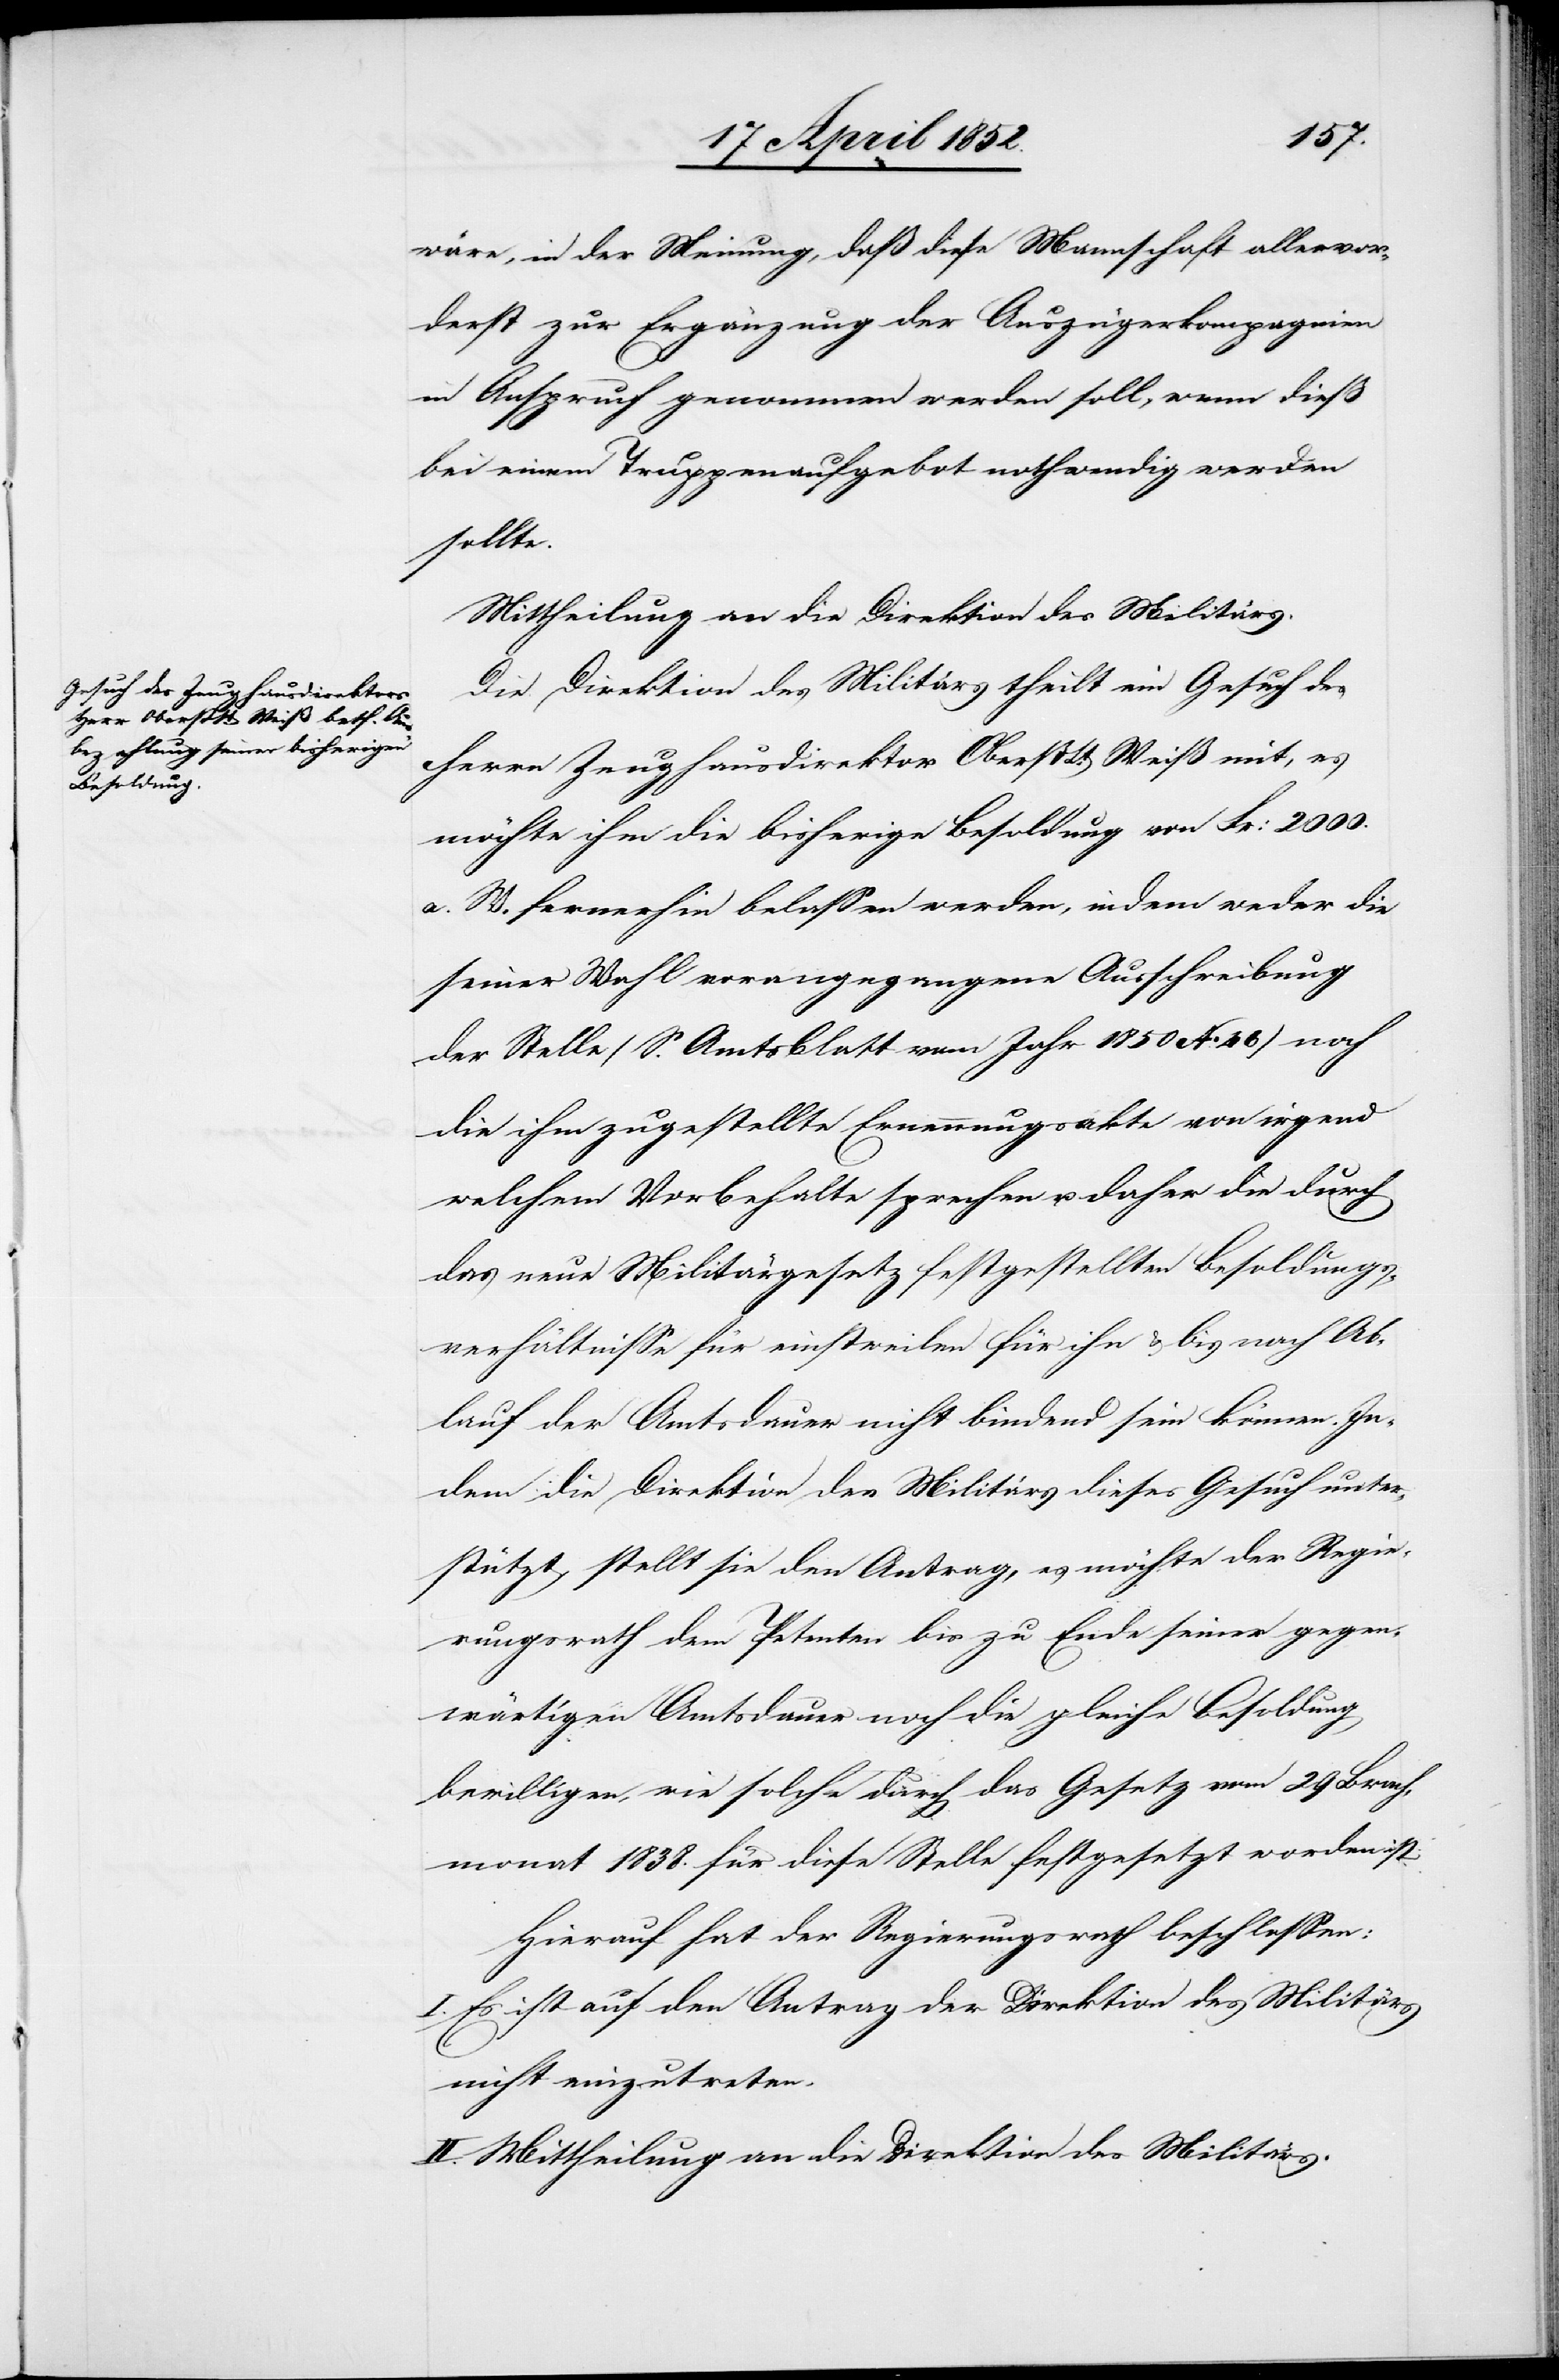
wäre, in der Meinung, daß diese Mannschaft allervor¬
derst zur Ergänzung der Auszügerkompagnien i¬
n Anspruch genommen werden soll, wenn dieß
bei einem Truppenaufgebot nothwendig werden
sollte.
Mittheilung an die Direktion des Militärs.
Die Direktion des Militärs theilt ein Gesuch des
Herrn Zeughausdirektor OberstLt. Weiß mit, es
möchte ihm die bisherige Besoldung von Fr: 2000.
a. W. fernerhin belassen werden, indem weder die
seiner Wahl vorangegangene Ausschreibung
der Stelle (S. Amtsblatt vom Jahr 1850 No. 46) noch
die ihm zugestellte Ernennungsakte von irgend
welchem Vorbehalte sprechen u. daher die durch
das neue Militärgesetz festgestellten Besoldungs¬
verhältnisse für einstweilen für ihn & bis nach Ab¬
lauf der Amtsdauer nicht bindend sein können. In¬
dem die Direktion des Militärs dieses Gesuch unter¬
stützt, stellt sie den Antrag, es möchte der Regie¬
rungsrath dem Petenten bis zu Ende seiner gegen¬
wärtigen Amtsdauer noch die gleiche Besoldung
bewilligen, wie solche durch das Gesetz vom 29 Brach¬
monat 1838. für diese Stelle festgesetzt worden ist.
Hierauf hat der Regierungsrath beschlossen:
I. Es ist auf den Antrag der Direktion des Militärs
nicht einzutreten.
II. Mittheilung an die Direktion des Militärs.